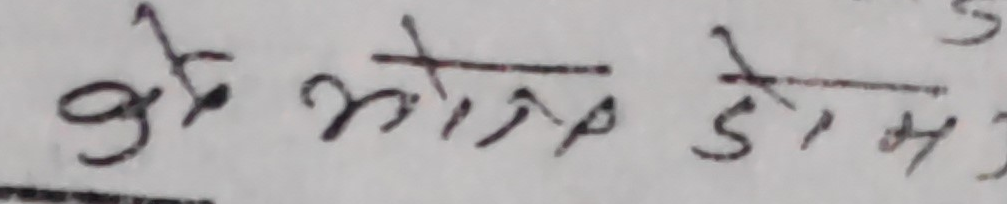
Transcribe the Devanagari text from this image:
कुल औसत डोम ३